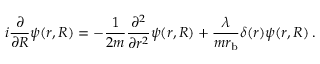
i \frac { \partial } { \partial R } \psi ( r , R ) = - \frac { 1 } { 2 m } \frac { \partial ^ { 2 } } { \partial r ^ { 2 } } \psi ( r , R ) + \frac { \lambda } { m r _ { \mathrm { b } } } \delta ( r ) \psi ( r , R ) \: .